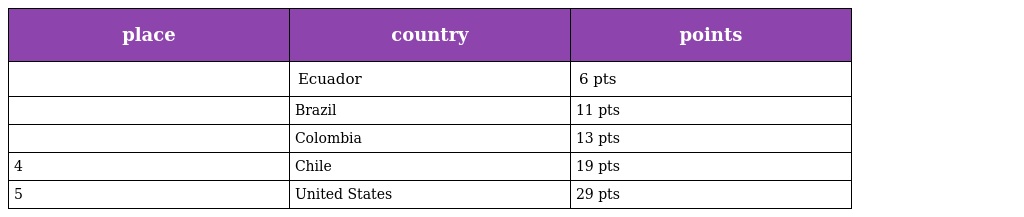
| place | country | points |
 | --- | --- | --- |
 |  | Ecuador | 6 pts |
 |  | Brazil | 11 pts |
 |  | Colombia | 13 pts |
 | 4 | Chile | 19 pts |
 | 5 | United States | 29 pts |